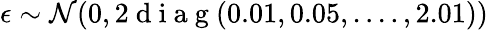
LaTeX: \epsilon\sim\mathcal{N}(0,2\mathrm{~d~i~a~g~}(0.01,0.05,....,2.01))